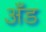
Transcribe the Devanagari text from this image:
अँड